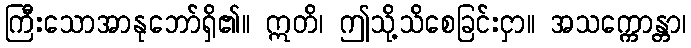
ကြီးသောအာနုဘော်ရှိ၏။ ဣတိ၊ ဤသို့သိစေခြင်းငှာ။ အသက္ကောန္တာ၊